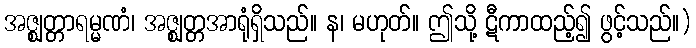
အဇ္ဈတ္တာရမ္မဏံ၊ အဇ္ဈတ္တအာရုံရှိသည်။ န၊ မဟုတ်။ ဤသို့ ဋီကာထည့်၍ ဖွင့်သည်။)